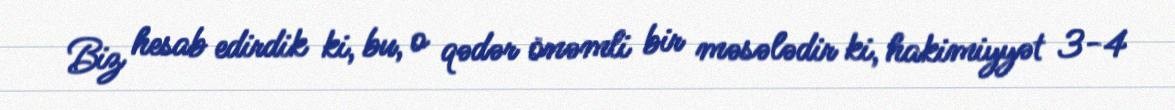
Biz hesab edirdik ki, bu, o qədər önəmli bir məsələdir ki, hakimiyyət 3-4